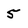
Character: 5